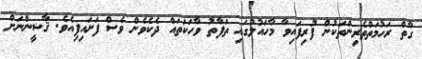
ގާތް ރަހުމަތްތެރިންތަކުން ފުރިފައިވާ މާހައުލުގައި ތަަފާތު ވާހަކަތައް ދެކެވެން ވެސް ފަށައިފިއެވެ. ޤާޟީންނަށް